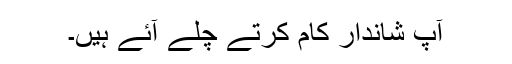
آپ شاندار کام کرتے چلے آئے ہیں۔